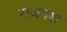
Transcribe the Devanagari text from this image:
राजवंशं